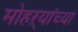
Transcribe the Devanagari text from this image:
मोहऱ्यांच्या